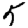
Digit: 5